Indian journal of veterinary science and animal husbandry - Volumes 26-27, 1956-1957
Year: 1956
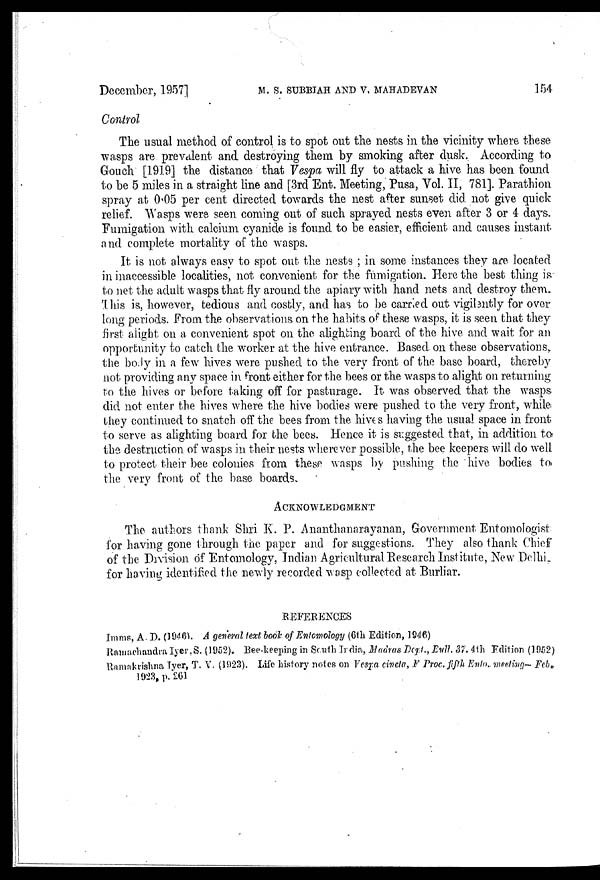
December, 1957]
M.
S.
SUBBIAH
AND
V.
MAHADEVAN
154
Control
The usual method of control is to spot out the nests in the vicinity where these
wasps are prevalent and destroying them by smoking after dusk. According to
Gouch [1919] the distance that Vespa will fly to attack a hive has been found
to be 5 miles in a straight line and [3rd Ent. Meeting, Pusa, Vol. II, 781]. Parathion
spray at 0.05 per cent directed towards the nest after sunset did not give quick
relief. Wasps were seen coming out of such sprayed nests even after 3 or 4 days.
Fumigation with calcium cyanide is found to be easier, efficient and causes instant
and complete mortality of the wasps.
It is not always easy to spot out the nests; in some instances they are located
in inaccessible localities, not convenient for the fumigation. Here the best thing is.
to net the adult wasps that fly around the apiary with hand nets and destroy them.
This is, however, tedious and costly, and has to be carried out vigilently for over
long periods. From the observations on the habits of these wasps, it is seen that they
first alight on a convenient spot on the alighting board of the hive and wait for an
opportunity to catch the worker at the hive entrance. Based on these observations,
the body in a few hives were pushed to the very front of the base board, thereby
not providing any space in front either for the bees or the wasps to alight on returning
to the hives or before taking off for pasturage. It was observed that the wasps
did not enter the hives where the hive bodies were pushed to the very front, while
they continued to snatch off the bees from the hives having the usual space in front
to serve as alighting board for the bees. Hence it is suggested that, in addition to
the destruction of wasps in their nests wherever possible, the bee keepers will do well
to protect their bee colonies from these wasps by pushing the hive bodies to
the very front of the base boards.
ACKNOWLEDGMENT
The authors thank Shri K. P. Ananthanarayanan, Government Entomologist
for having gone through the paper and for suggestions. They also thank Chief
of the Division of Entomology, Indian Agricultural Research Institute, New Delhi
for having identified the newly recorded wasp collected at Burliar.
REFERENCES
Imms, A. D. (1946). A general text book of Entomology (6th Edition, 1946)
Ramachandra Iyer, S. (1952). Bee-keeping in South India, Madras Dept., Bull. 37. 4th Edition (1952)
Ramakrishna Iyer, T. V. (1923). Life history notes on Vespa civcta, Proc. fifth Ento. meeting— Feb.
1923, p. 261